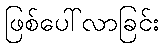
ဖြစ်ပေါ်လာခြင်း